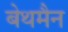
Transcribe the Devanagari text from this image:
बेथमैन